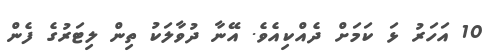
10 އަހަރު ޅަ ކަމަށް ދެއްކިއެވެ. އޭނާ ދުވާލަކު ތިން ލިޓަރުގެ ފެން